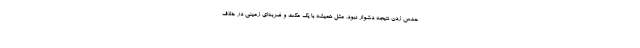
حدس زدن نتیجه دشوار نبود. مثل همیشه با یک مکث و ضربه‌ای زمینی در خلاف